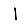
Digit: 1